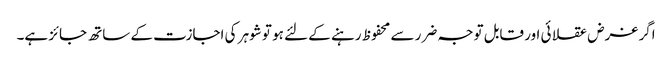
اگر غرض عقلا ئی اور قابل توجہ ضرر سے محفوظ رہنے کے لئے ہو تو شوہر کی اجازت کے ساتھ جائز ہے۔